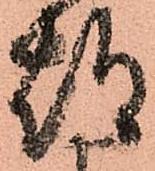
都